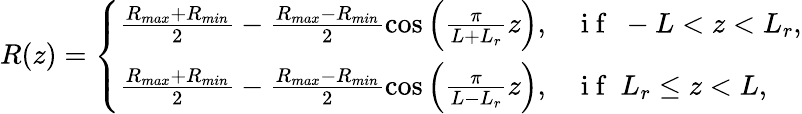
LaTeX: R(z)=\left\{ \begin{array}{ll}{\frac{R_{max}+R_{min}}{2}-\frac{R_{max}-R_{min}}{2}\cos\left(\frac{\pi}{L+L_{r}}z\right),}&{\mathrm{~i~f~}\ -L<z<L_{r},}\\ {\frac{R_{max}+R_{min}}{2}-\frac{R_{max}-R_{min}}{2}\cos\left(\frac{\pi}{L-L_{r}}z\right),}&{\mathrm{~i~f~}\ L_{r}\leq z<L,}\end{array}\right.